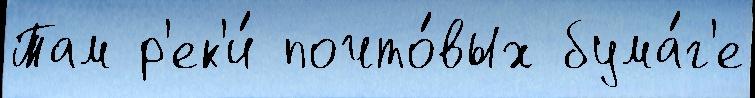
Там р'ек'и́ почто́вых бума́г'е